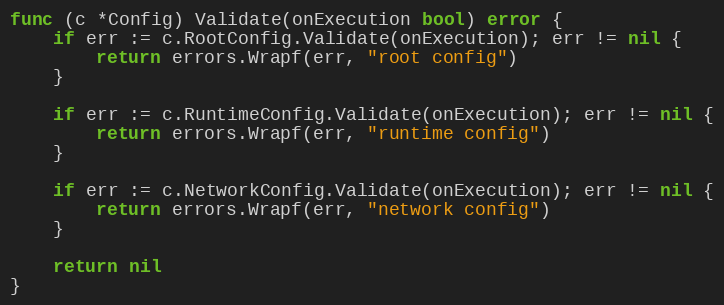
Language: Go
func (c *Config) Validate(onExecution bool) error {
	if err := c.RootConfig.Validate(onExecution); err != nil {
		return errors.Wrapf(err, "root config")
	}

	if err := c.RuntimeConfig.Validate(onExecution); err != nil {
		return errors.Wrapf(err, "runtime config")
	}

	if err := c.NetworkConfig.Validate(onExecution); err != nil {
		return errors.Wrapf(err, "network config")
	}

	return nil
}